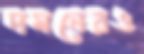
দমনেরও